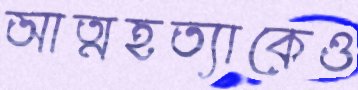
আত্মহত্যাকেও